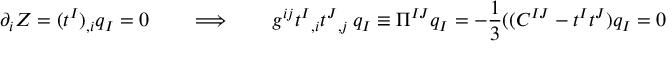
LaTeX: \partial _ { i } Z = ( t ^ { I } ) _ { , i } q _ { I } = 0 \qquad \Longrightarrow \qquad g ^ { i j } t ^ { I } { } _ { , i } t ^ { J } { } _ { , j } \, q _ { I } \equiv \Pi ^ { I J } q _ { I } = - { \frac { 1 } { 3 } } ( ( C ^ { I J } - t ^ { I } t ^ { J } ) q _ { I } = 0